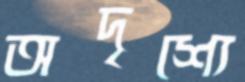
অদৃশ্যে